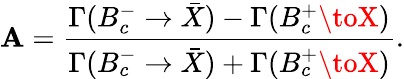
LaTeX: \mathbf{A}=\frac{{\Gamma(B_{c}^{-}\to\bar{{X}})-\Gamma(B_{c}^{+}\toX)}}{{\Gamma(B_{c}^{-}\to\bar{{X}})+\Gamma(B_{c}^{+}\toX)}}.